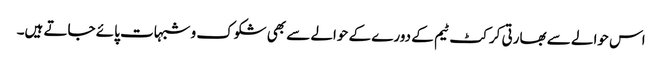
اس حوالے سے بھارتی کرکٹ ٹیم کے دورے کے حوالے سے بھی شکوک و شبہات پائے جاتے ہیں۔